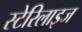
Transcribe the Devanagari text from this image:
स्टेरिलाइज